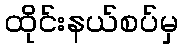
ထိုင်းနယ်စပ်မှ